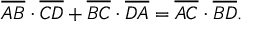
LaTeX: { \overline { { A B } } } \cdot { \overline { { C D } } } + { \overline { { B C } } } \cdot { \overline { { D A } } } = { \overline { { A C } } } \cdot { \overline { { B D } } } .